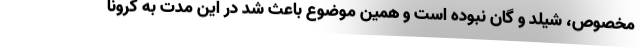
مخصوص، شیلد و گان نبوده است و همین موضوع باعث شد در این مدت به کرونا